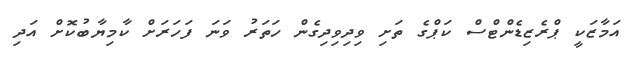
އަމާޒަކީ ޕްރެޒިޑެންޓްސް ކަޕްގެ ތަށި ވިދިވިދިގެން ހަތަރު ވަނަ ފަހަރަށް ކާމިޔާބުކޮށް އަދި